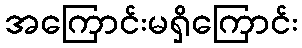
အကြောင်းမရှိကြောင်း